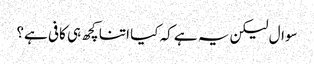
سوال لیکن یہ ہے کہ کیا اتنا کچھ ہی کافی ہے؟